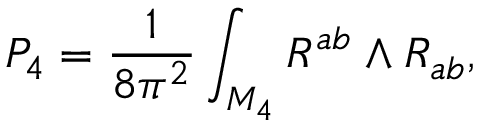
P _ { 4 } = \frac { 1 } { 8 \pi ^ { 2 } } \int _ { M _ { 4 } } R ^ { a b } { \mathrm { \tiny ~ \wedge ~ } } R _ { a b } ,